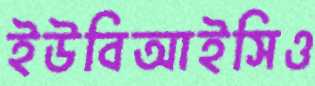
ইউবিআইসিও